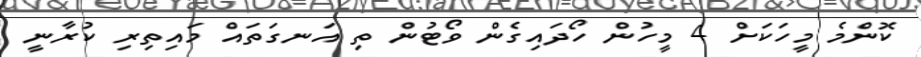
ކޮންމެ މީހަކަށް 4 މީހުން ހޯދައިގެން ވޯޓުން ތި އަނގަތައް މައިތިރި ކުރާނީ